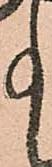
事